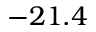
- 2 1 . 4